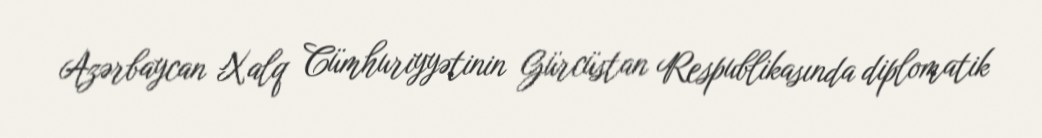
Azərbaycan Xalq Cümhuriyyətinin Gürcüstan Respublikasında diplomatik